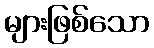
များဖြစ်သော